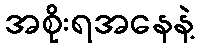
အစိုးရအနေနဲ့